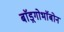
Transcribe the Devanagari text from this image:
बाॅड़्गोभाॅबोन